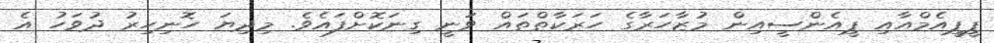
ޕީޕީއެމްއާއި ޕީއެންސީއިން މުޒާހަރާގެ ހަރަކާތްތައް ވަނީ ގިނަކޮށްފައެވެ. މިދިޔަ ހޮނިހިރު ދުވަހު އެ